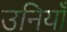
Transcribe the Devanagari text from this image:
उनियाँ